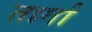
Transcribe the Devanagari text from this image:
तार्गा